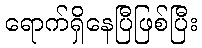
ရောက်ရှိနေပြီဖြစ်ပြီး